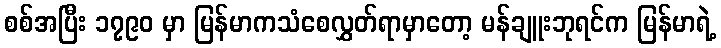
စစ်အပြီး ၁၇၉၀ မှာ မြန်မာကသံစေလွှတ်ရာမှာတော့ မန်ချူးဘုရင်က မြန်မာရဲ့